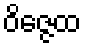
ဝိဇ္ဇေထ